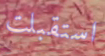
استقبلت